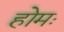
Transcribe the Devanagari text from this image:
होमः